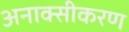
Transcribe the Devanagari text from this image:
अनाक्सीकरण